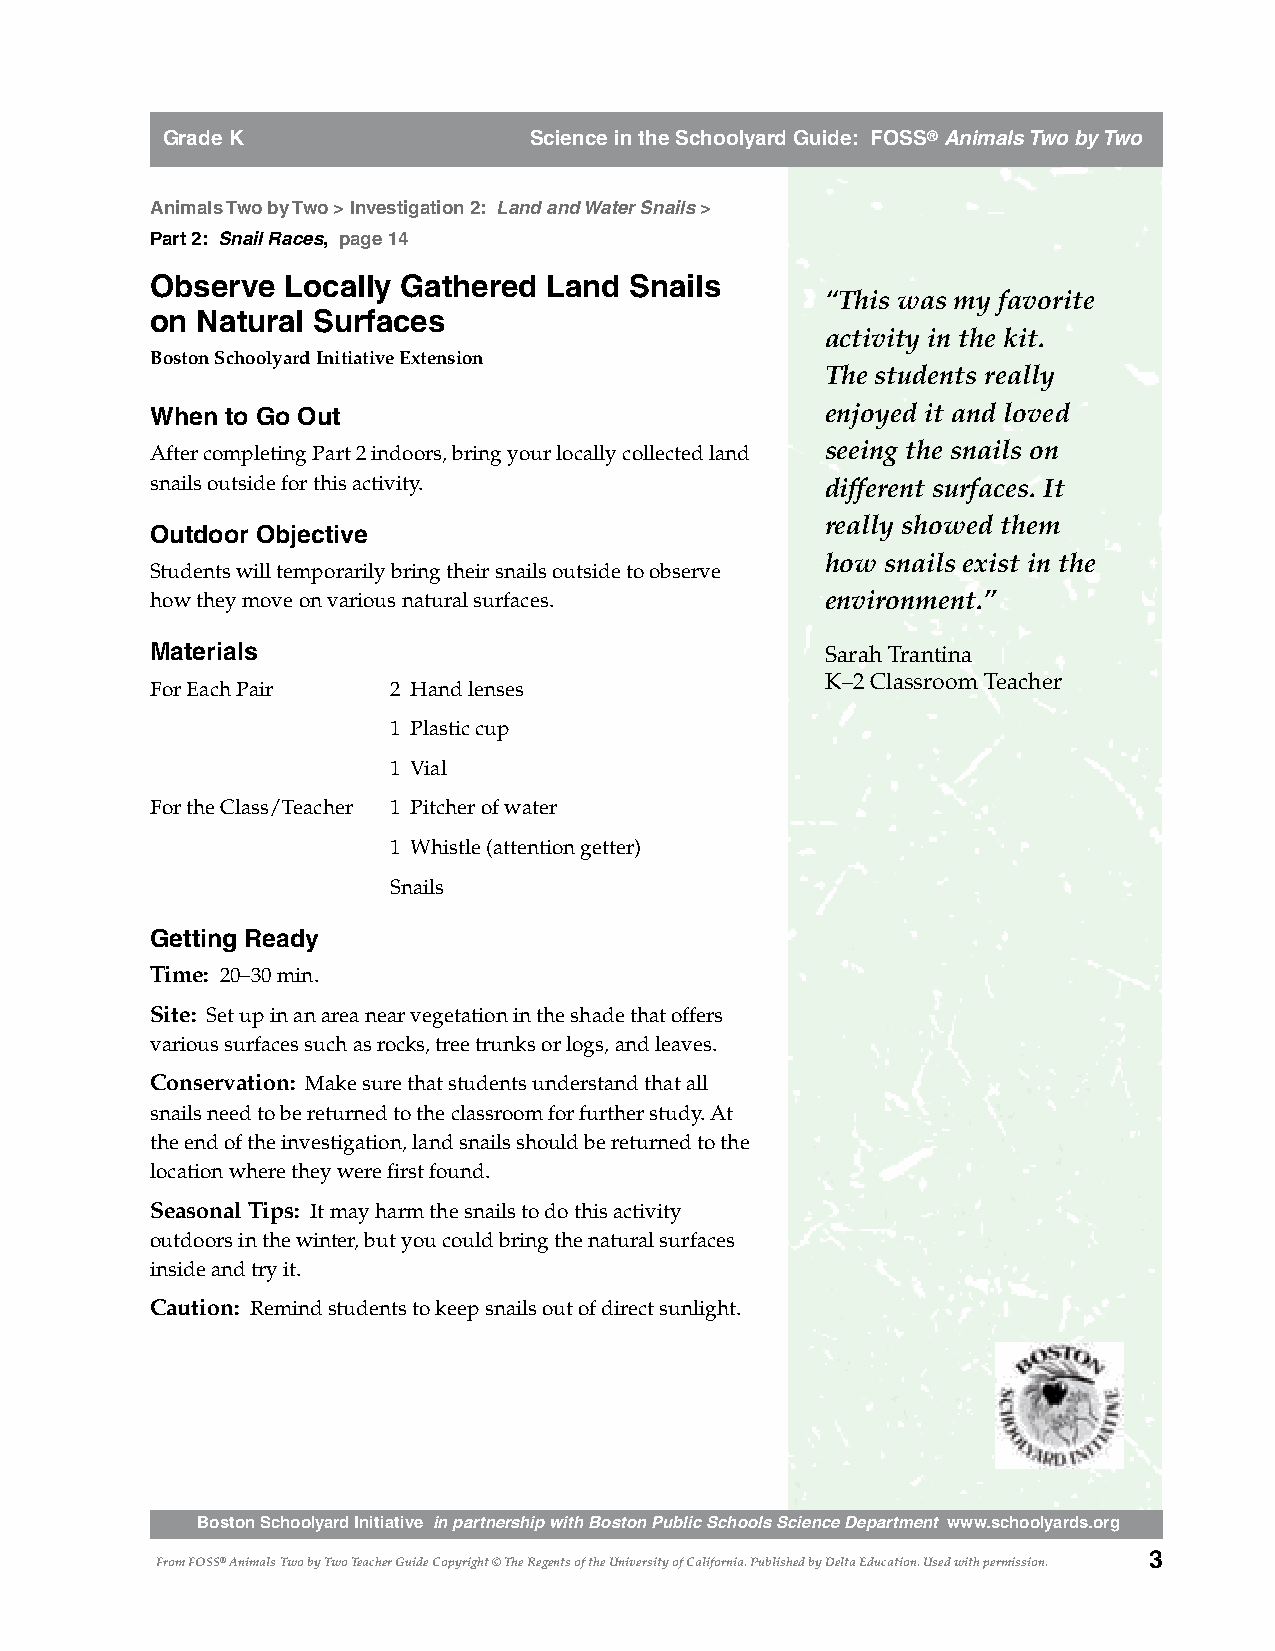
Grade K                 Science in the Schoolyard Guide: FOSS® Animals Two by Two
 Animals Two by Two > Investigation 2: Land and Water Snails >
 Part 2: Snail Races, page 14
 Observe  Locally Gathered Land  Snails
 “This was my favorite
 on Natural Surfaces
 activity in the kit.
 Boston Schoolyard Initiative Extension
 The students really
 When to Go Out                               enjoyed it and loved
 After completing Part 2 indoors, bring your locally collected land seeing the snails on
 snails outside for this activity.            different surfaces. It
 really showed them
 Outdoor Objective
 how snails exist in the
 Students will temporarily bring their snails outside to observe
 how they move on various natural surfaces.   environment.”
 Materials                                    Sarah Trantina
 K–2 Classroom Teacher
 For Each Pair   2 Hand lenses
 1 Plastic cup
 1 Vial
 For the Class/Teacher 1 Pitcher of water
 1 Whistle (attention getter)
 Snails
 Getting Ready
 Time: 20–30 min.
 Site: Set up in an area near vegetation in the shade that offers
 various surfaces such as rocks, tree trunks or logs, and leaves.
 Conservation: Make sure that students understand that all
 snails need to be returned to the classroom for further study. At
 the end of the investigation, land snails should be returned to the
 location where they were first found.
 Seasonal Tips: It may harm the snails to do this activity
 outdoors in the winter, but you could bring the natural surfaces
 inside and try it.
 Caution: Remind students to keep snails out of direct sunlight.
 Boston Schoolyard Initiative in partnership with Boston Public Schools Science Department www.schoolyards.org
 3
 From FOSS® Animals Two by Two Teacher Guide Copyright © The Regents of the University of California. Published by Delta Education. Used with permission.